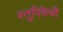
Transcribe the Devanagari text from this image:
स्तूपिकेची